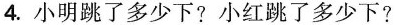
4.小明跳了多少下?小红跳了多少下?